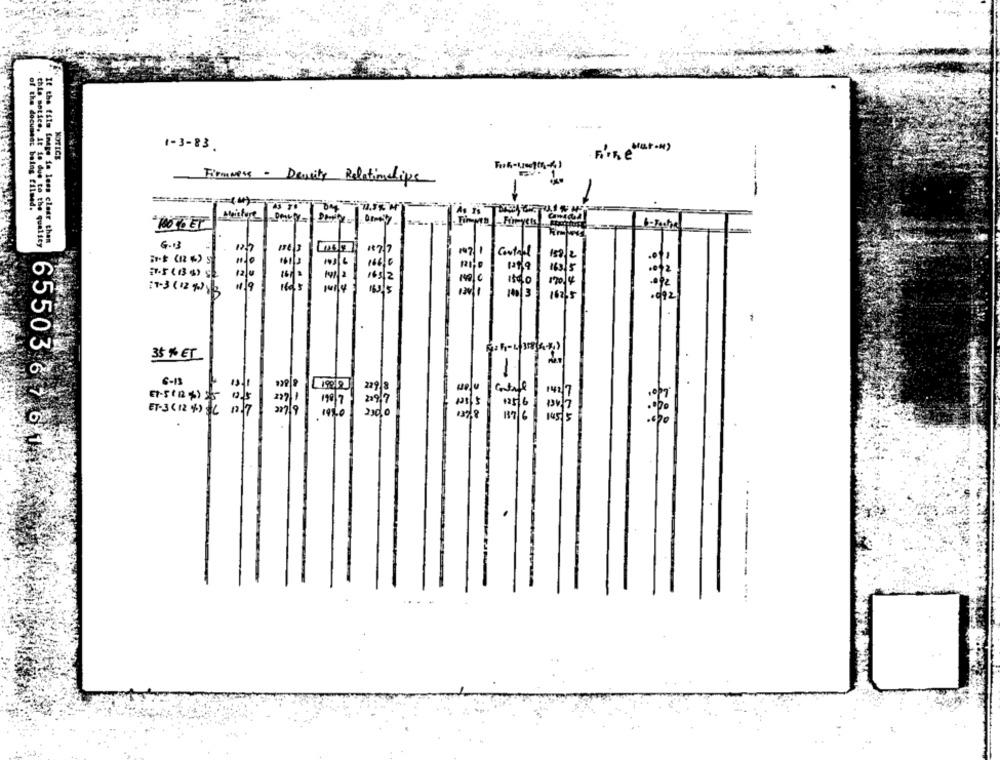
1-3-83.
NOTICE
Firmmess - Density Relationshipe
-----
of the document being filmed.
Maisforte
Timpro -Fingen Con
this notice. It is due to the quality
If the film image in less clear than
G.13
177
Contall
163/5
165/2
16ds
July
120 4
:7-3(12 9)13
101 3
102/5
35 % ET
1
6-13
E1-5(R$) 25
ET-3(12 %) C 2 7
15 5
6550367644
.